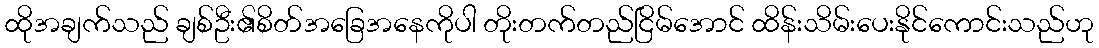
ထိုအချက်သည် ချစ်ဦး၏စိတ်အခြေအနေကိုပါ တိုးတက်တည်ငြိမ်အောင် ထိန်းသိမ်းပေးနိုင်ကောင်းသည်ဟု